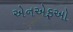
એનએફઓ